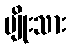
မျိုးသား